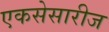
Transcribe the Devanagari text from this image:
एकसेसारीज